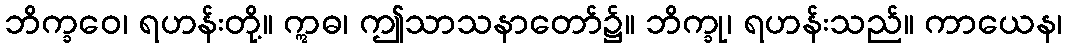
ဘိက္ခဝေ၊ ရဟန်းတို့။ ဣဓ၊ ဤသာသနာတော်၌။ ဘိက္ခု၊ ရဟန်းသည်။ ကာယေန၊